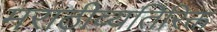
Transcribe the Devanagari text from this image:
मराठीव्यतिरिक्त